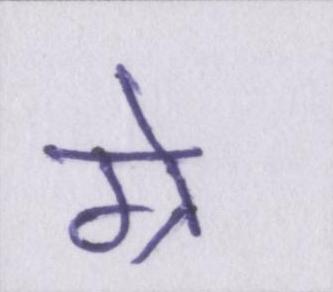
ग्रे